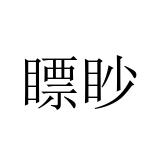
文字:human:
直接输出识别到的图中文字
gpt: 瞟眇